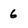
Character: 6